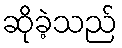
ဆိုခဲ့သည်